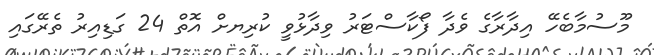
މޫސުމާބެހޭ އިދާރާގެ ވެދާ ފޯކާސްޓަރު ވިދާޅުވީ ކުރިޔށް އޮތް 24 ގަޑިއިރު ތެރޭގައި